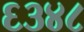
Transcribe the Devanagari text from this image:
६३४८